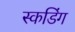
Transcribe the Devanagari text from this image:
स्कडिंग